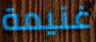
غنيمة